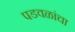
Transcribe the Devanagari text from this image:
पडवळांचा